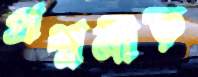
প্রশ্ননীড়